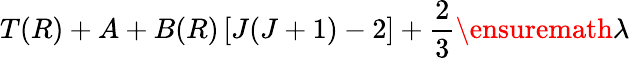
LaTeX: T(R)+A+B(R)\left[J(J+1)-2\right]+\frac{2}{3}\ensuremath{\lambda}